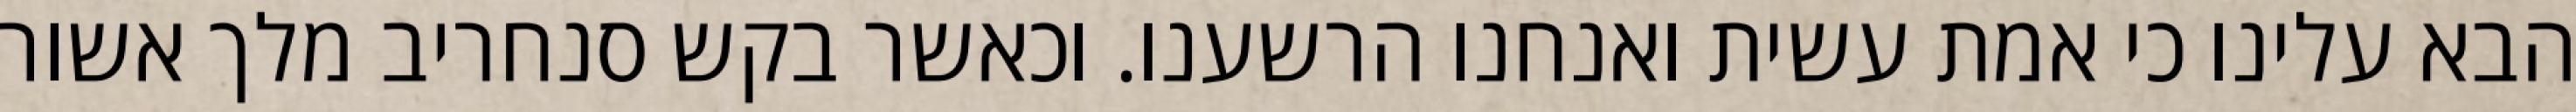
הבא עלינו כי אמת עשית ואנחנו הרשענו. וכאשר בקש סנחריב מלך אשור